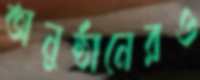
অনুষ্ঠানেরও